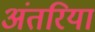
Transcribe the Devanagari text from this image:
अंतरिया